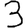
Digit: 3